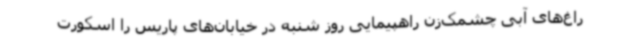
راغ‌های آبی چشمک‌زن راهپیمایی روز شنبه در خیابان‌های پاریس را اسکورت